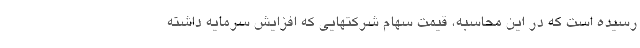
رسیده است که در این محاسبه، قیمت سهام شرکتهایی که افزایش سرمایه داشته